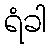
ရံခါ